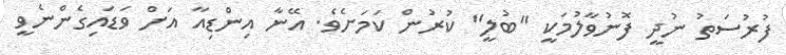
ފުރުސަތު ނުދީ ފޮނުވާލުމަކީ "ބުލީ" ކުރުން ކަމަށެވެ. އޭނާ އިންޑިއާ އަށް ވަޑައިގެންނެވީ